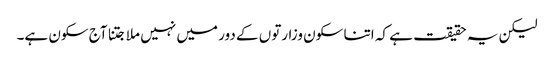
لیکن یہ حقیقت ہے کہ اتنا سکون وزارتوں کے دور میں نہیں ملا جتنا آج سکون ہے۔